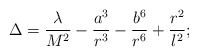
\begin{align*}\Delta=\frac{\lambda}{M^2}-\frac{a^3}{r^3}-\frac{b^6}{r^6}+\frac{r^2}{l^2};\end{align*}